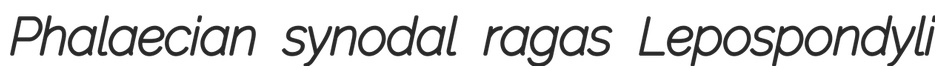
Phalaecian synodal ragas Lepospondyli